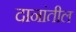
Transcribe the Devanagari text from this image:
दानांतील